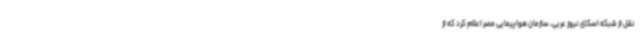
نقل از شبکه اسکای نیوز عربی، سازمان هواپیمایی مصر اعلام کرد که از